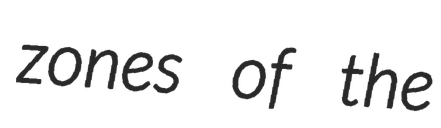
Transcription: zones of the